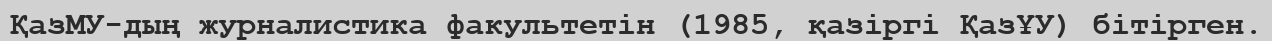
ҚазМУ-дың журналистика факультетін (1985, қазіргі ҚазҰУ) бітірген.